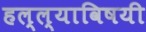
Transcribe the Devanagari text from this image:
हल्ल्याविषयी